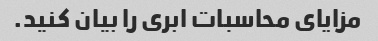
مزایای محاسبات ابری را بیان کنید.